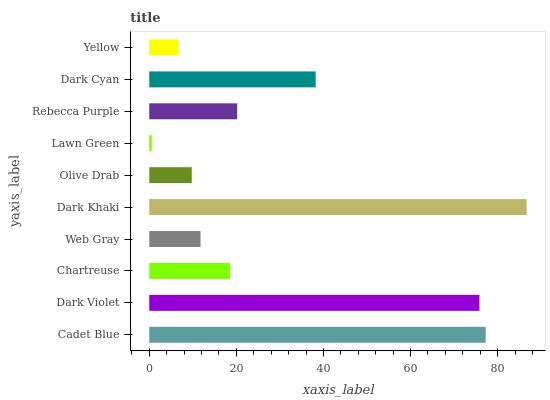
| yaxis_label | bars |
 | --- | --- |
 | Cadet Blue | 77.3 |
 | Dark Violet | 75.8 |
 | Chartreuse | 18.6 |
 | Web Gray | 11.8 |
 | Dark Khaki | 86.7 |
 | Olive Drab | 9.76 |
 | Lawn Green | 0.573 |
 | Rebecca Purple | 20.2 |
 | Dark Cyan | 38.2 |
 | Yellow | 6.74 |